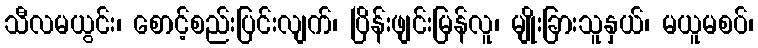
သီလမယွင်း၊ စောင့်စည်းပြင်းလျက်၊ ပြိန်းဖျင်းမြန်လူ၊ မျိုးခြားသူနှယ်၊ မယူမစပ်၊